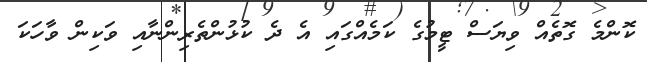
ކޮންމެ ގޮތެއް ވިޔަސް ޓީމުގެ ކަމެއްގައި އެ ދެ ކުޅުންތެރިންނާއި ވަކިން ވާހަކަ